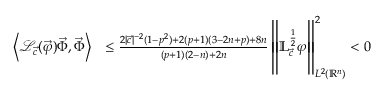
\begin{array} { r l } { \left\langle \mathscr { L } _ { \vec { c } } ( \vec { \varphi } ) \vec { \Phi } , \vec { \Phi } \right\rangle } & { \leq \frac { 2 | { \vec { c } } | ^ { - 2 } ( 1 - p ^ { 2 } ) + 2 ( p + 1 ) ( 3 - 2 n + p ) + 8 n } { ( p + 1 ) ( 2 - n ) + 2 n } \left\| \mathbb { L } _ { \vec { c } } ^ { \frac 1 2 } \varphi \right\| _ { L ^ { 2 } ( { \mathbb { R } ^ { n } } ) } ^ { 2 } < 0 } \end{array}